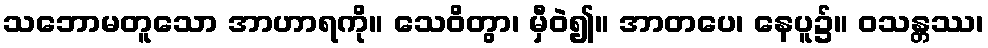
သဘောမတူသော အာဟာရကို။ သေဝိတွာ၊ မှီဝဲ၍။ အာတပေ၊ နေပူ၌။ ဝသန္တဿ၊